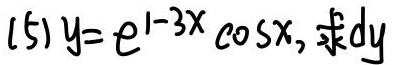
(5) $y = e^{1 - 3x}\cos x$, 求 $dy$